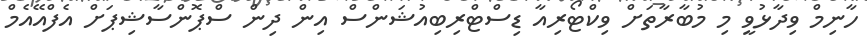
ހާނިމް ވިދާޅުވީ މި މުބާރާތަށް ވިކްޓޯރިއާ ޑިސްޓްރިބިއުޝަންސް އިން ދިން ސްޕޮންސާޝިޕަށް އެފްއޭއެމް